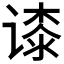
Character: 𬤘